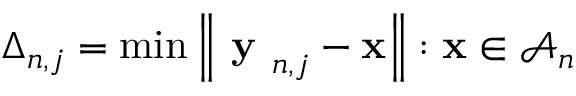
\Delta _ { n , j } = \operatorname* { m i n } \left\| \textbf { y } _ { n , j } - \ensuremath { \mathbf { x } } \right\| : \ensuremath { \mathbf { x } } \in \mathcal { A } _ { n }